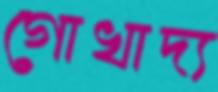
গোখাদ্য